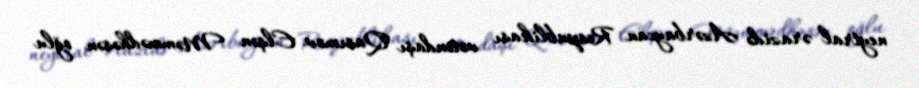
neytral ərazidə Azərbaycan Respublikası vətəndaşı Qasımov Elşən Məmmədhəsən oğlu